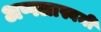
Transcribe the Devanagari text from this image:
अप्पलास्वमी